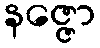
နဇ္ဇော